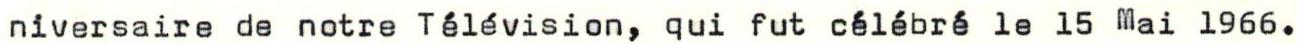
niversaire de notre Télévision, qui fut célébré le 15 Mai 1966.